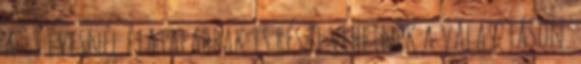
a 18 évesnél fiatalabbak is részt vehetnek a választáson.